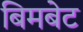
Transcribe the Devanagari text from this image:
बिमबेट